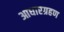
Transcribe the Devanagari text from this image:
आधारग्रहण